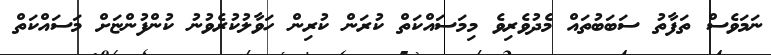
ނަމަވެސް ތަފާތު ސަބަބުތައް މެދުވެރިވެ މިމަސައްކަތް ކުރަން ކުރިން ހަވާލުކުރެވުނު ކުންފުންޏަށް މަސައްކަތް